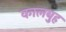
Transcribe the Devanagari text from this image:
कालबुह